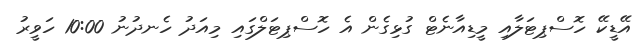
އޭޑީކޭ ހޮސްޕިޓަލާއި މީޑިއާނެޓް ގުޅިގެން އެ ހޮސްޕިޓަލްގައި މިއަދު ހެނދުނު 10:00 ހަވީރު